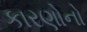
કારણોનો